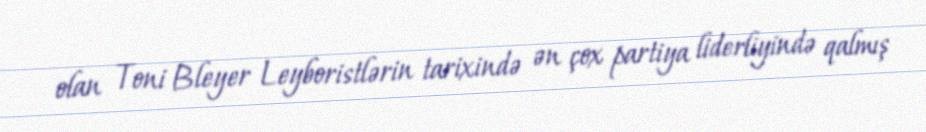
olan Toni Bleyer Leyboristlərin tarixində ən çox partiya liderliyində qalmış